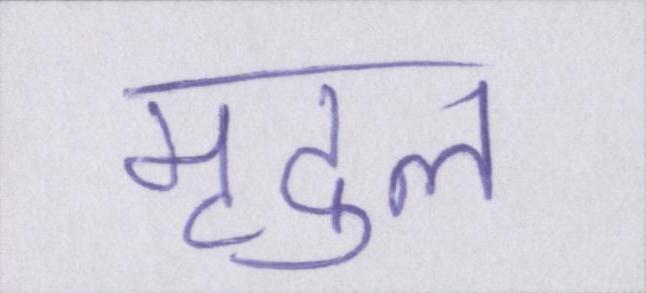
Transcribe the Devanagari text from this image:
मृदुल